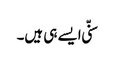
سنّی ایسے ہی ہیں۔